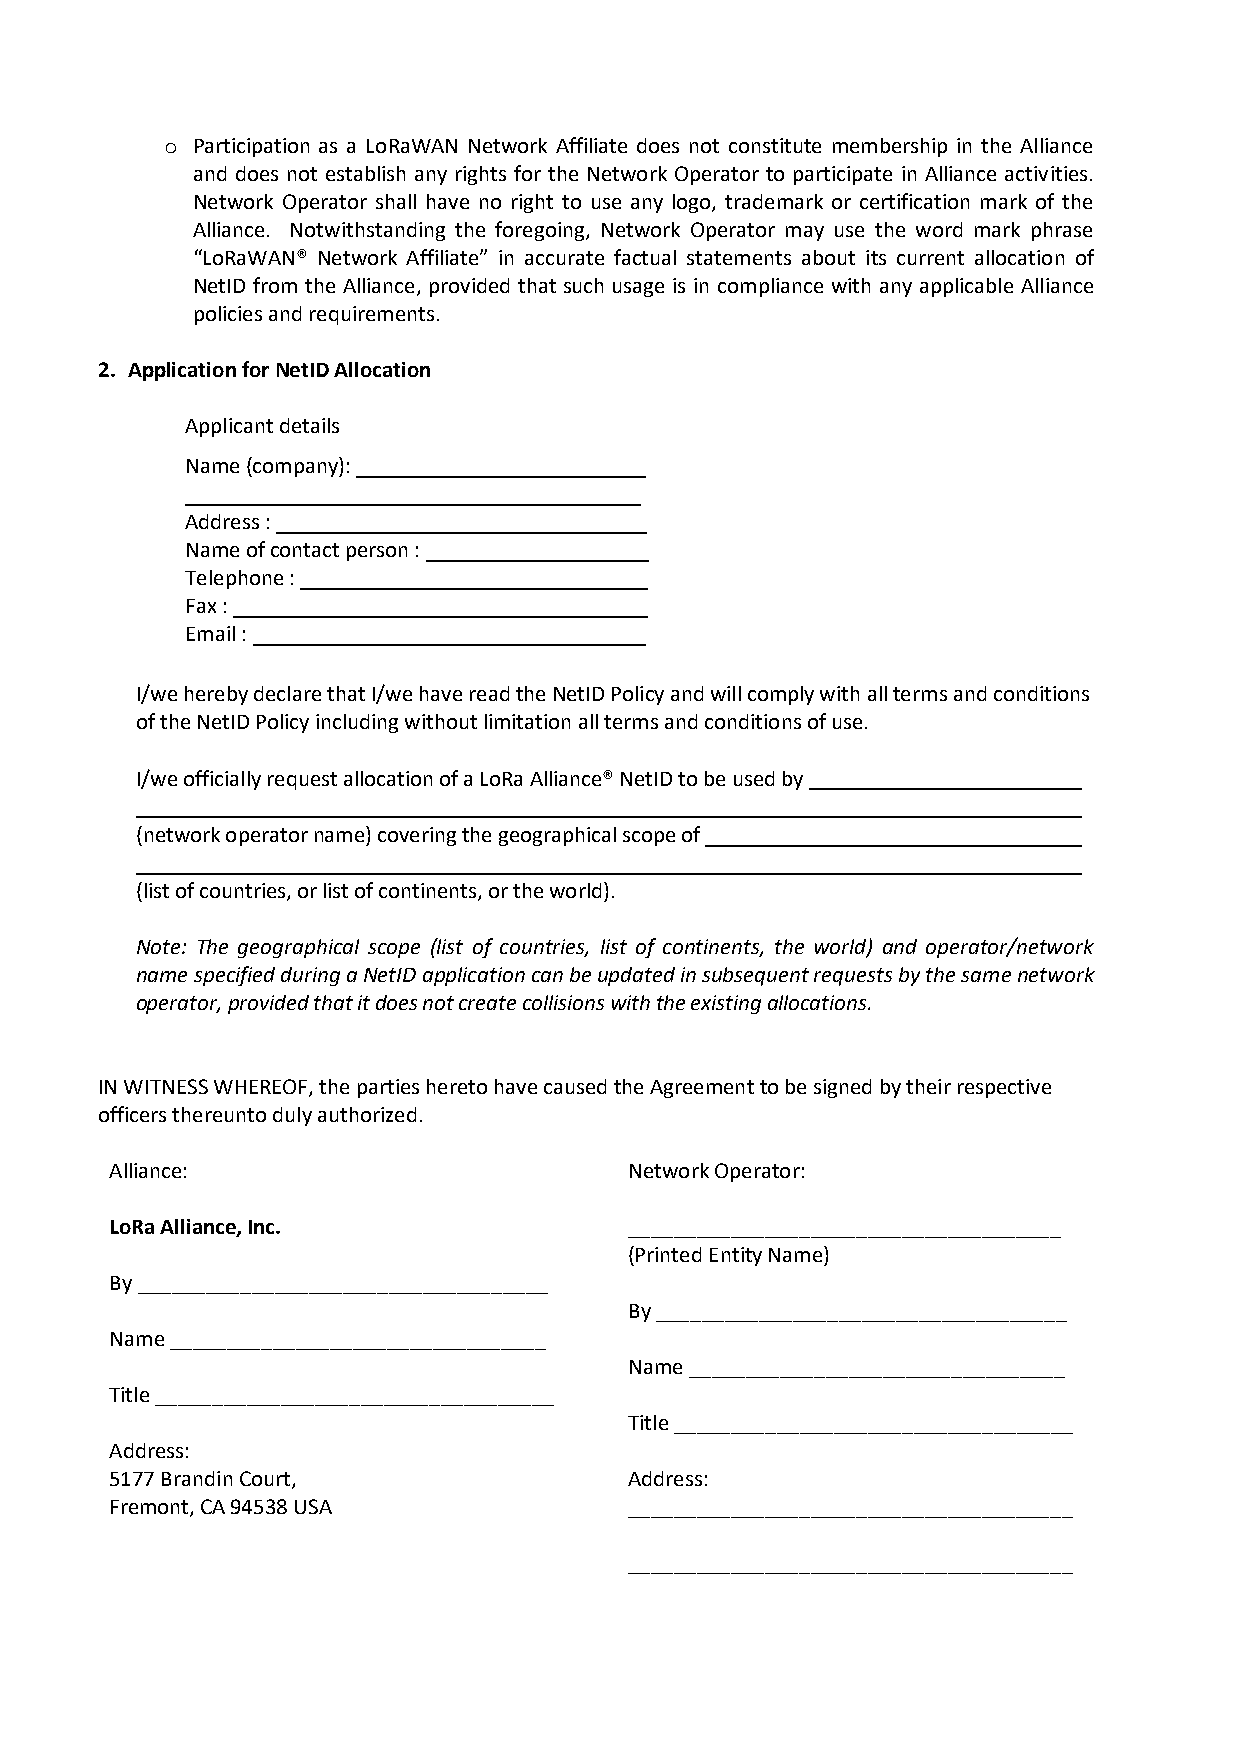
o Participation as a LoRaWAN Network Affiliate does not constitute membership in the Alliance
 and does not establish any rights for the Network Operator to participate in Alliance activities.
 Network Operator shall have no right to use any logo, trademark or certification mark of the
 Alliance. Notwithstanding the foregoing, Network Operator may use the word mark phrase
 “LoRaWAN® Network Affiliate” in accurate factual statements about its current allocation of
 NetID from the Alliance, provided that such usage is in compliance with any applicable Alliance
 policies and requirements.
 2. Application for NetID Allocation
 Applicant details
 Name (company):
 Address :
 Name of contact person :
 Telephone :
 Fax :
 Email :
 I/we hereby declare that I/we have read the NetID Policy and will comply with all terms and conditions
 of the NetID Policy including without limitation all terms and conditions of use.
 I/we officially request allocation of a LoRa Alliance® NetID to be used by
 (network operator name) covering the geographical scope of
 (list of countries, or list of continents, or the world).
 Note: The geographical scope (list of countries, list of continents, the world) and operator/network
 name specified during a NetID application can be updated in subsequent requests by the same network
 operator, provided that it does not create collisions with the existing allocations.
 IN WITNESS WHEREOF, the parties hereto have caused the Agreement to be signed by their respective
 officers thereunto duly authorized.
 Alliance:                          Network Operator:
 LoRa Alliance, Inc.                ______________________________________
 (Printed Entity Name)
 By ____________________________________
 By ____________________________________
 Name _________________________________
 Name _________________________________
 Title ___________________________________
 Title ___________________________________
 Address:
 5177 Brandin Court,                Address:
 Fremont, CA 94538 USA              _______________________________________
 _______________________________________